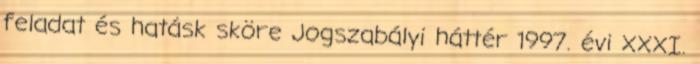
feladat és hatásk sköre Jogszabályi háttér 1997. évi XXXI.